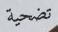
تضحية